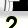
Digit: 2